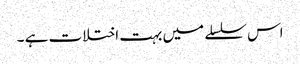
اس سلسلے میں بہت اختلات ہے ۔